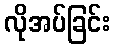
လိုအပ်ခြင်း